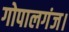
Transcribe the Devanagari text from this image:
गोपालगंज।